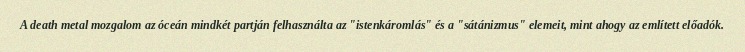
A death metal mozgalom az óceán mindkét partján felhasználta az "istenkáromlás" és a "sátánizmus" elemeit, mint ahogy az említett előadók.